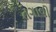
તગાવી